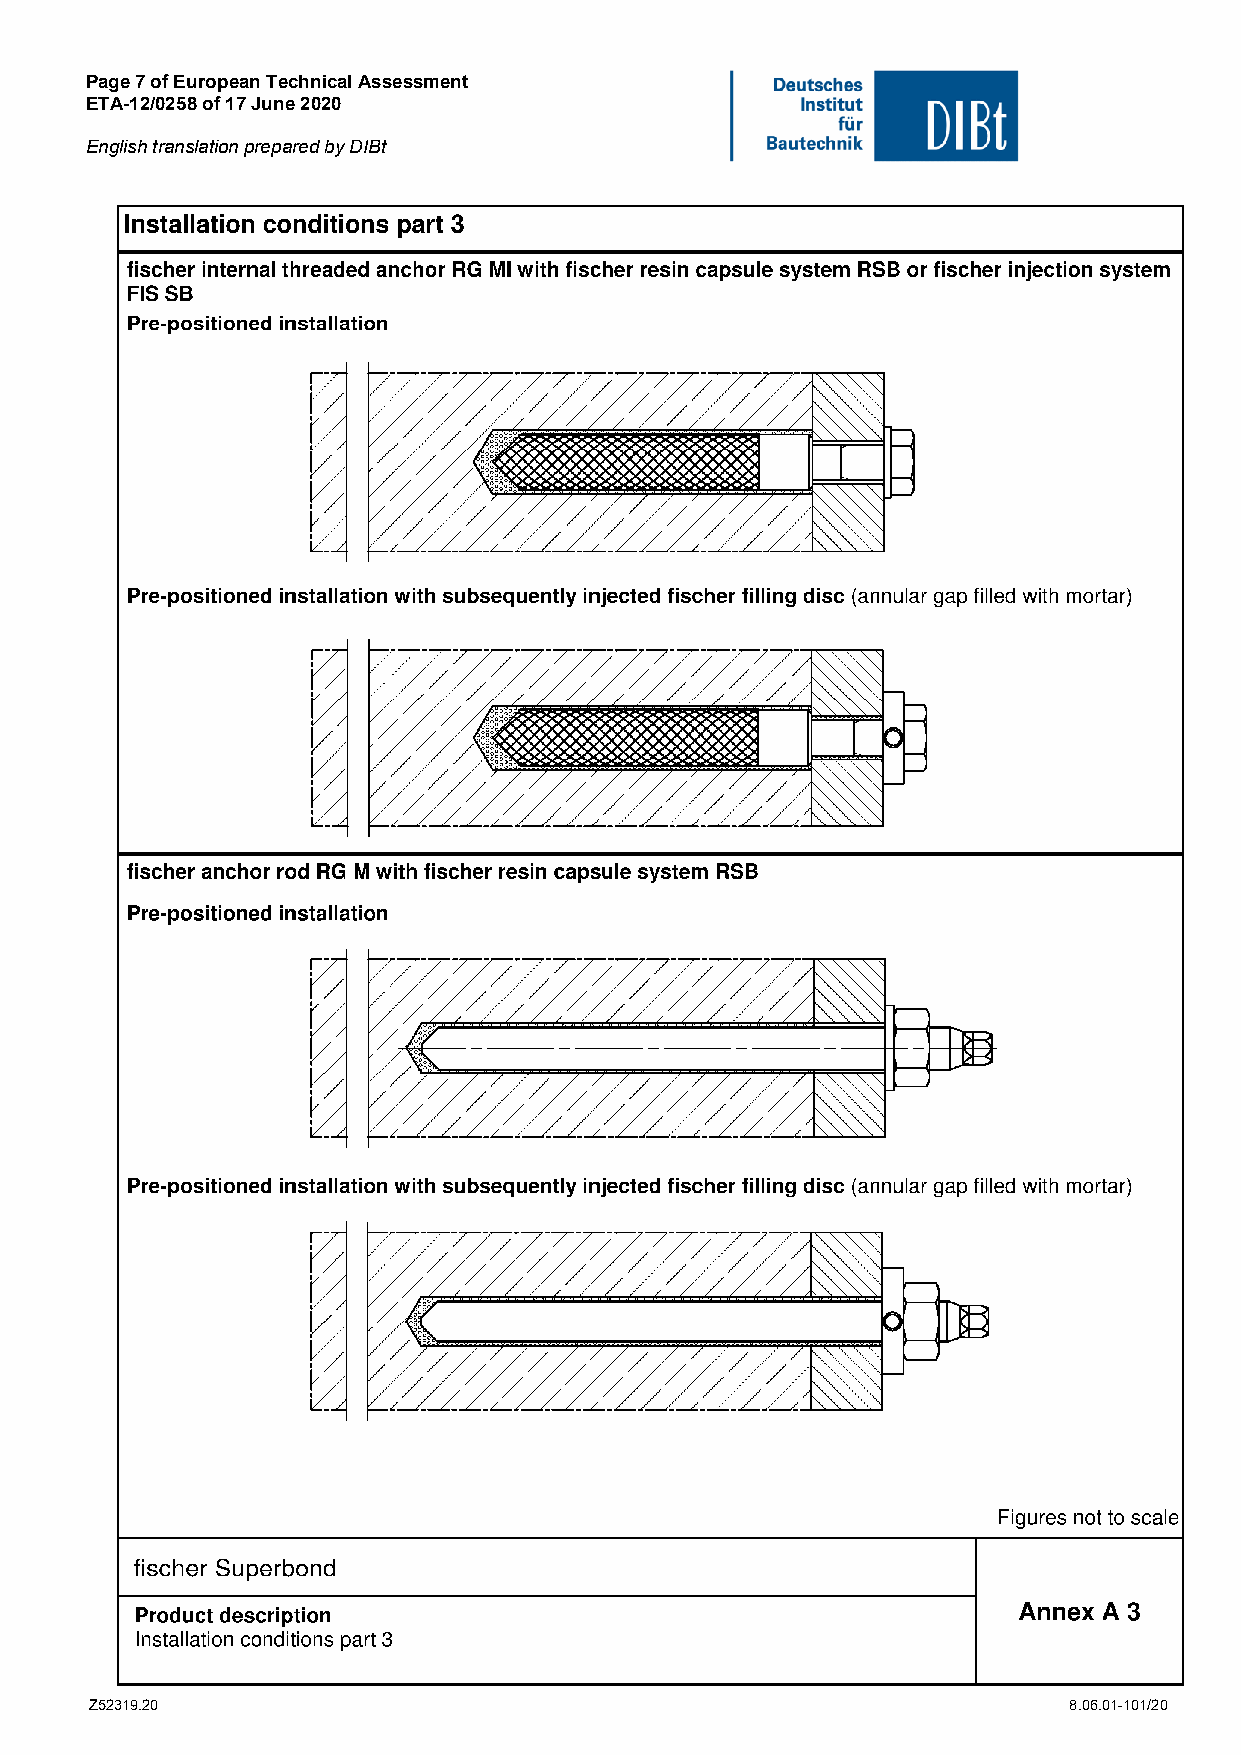
Page 7 of European Technical Assessment
 ETA-12/0258 of 17 June 2020
 English translation prepared by DIBt
 Z52319.20                                                        8.06.01-101/20